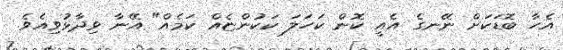
އެހާ ބޮޑަކަށް ނޭނގެ އެއީ ކޮން ކަހަލަ ކަކުންޏެއް ކަމެއް" އޭނާ ވިދާޅުވިއެވެ.